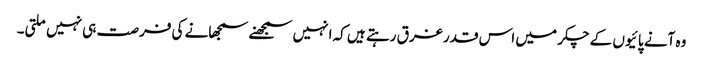
وہ آنے پائیوں کے چکر میں اس قدر غرق رہتے ہیں کہ انہیں سمجھنے سمجھانے کی فرصت ہی نہیں ملتی۔